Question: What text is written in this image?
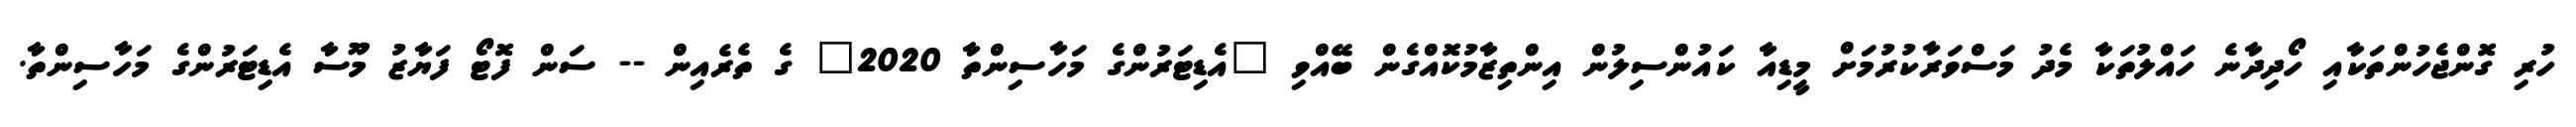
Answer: ހުރި ގޮންޖެހުންތަކާއި ހޯދިދާނެ ހައްލުތަކާ މެދު މަސްވަރާކުރުމަށް މީޑިއާ ކައުންސިލުން އިންތިޒާމުކޮއްގެން ބޭއްވި "އެޑިޓަރުންގެ މަހާސިންތާ 2020" ގެ ތެރެއިން -- ސަން ފޮޓޯ ފަޔާޒު މޫސާ އެޑިޓަރުންގެ މަހާސިންތާ.